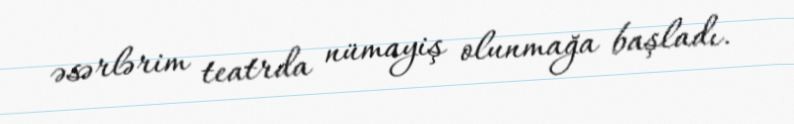
əsərlərim teatrda nümayiş olunmağa başladı.